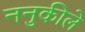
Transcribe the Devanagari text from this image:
ननुकीले